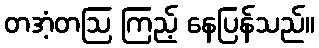
တအံ့တဩ ကြည့် နေပြန်သည်။